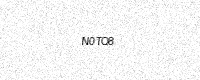
Text: N0TQ8